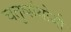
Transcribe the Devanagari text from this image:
चतुष्संयोजी